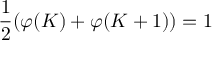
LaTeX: \frac { 1 } { 2 } ( \varphi ( K ) + \varphi ( K + 1 ) ) = 1